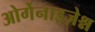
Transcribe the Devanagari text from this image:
ओर्गेनाइज़ेश्न